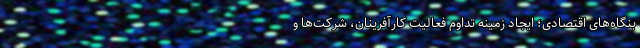
بنگاه‌های اقتصادی؛ ایجاد زمینه تداوم فعالیت کارآفرینان، شرکت‌ها و